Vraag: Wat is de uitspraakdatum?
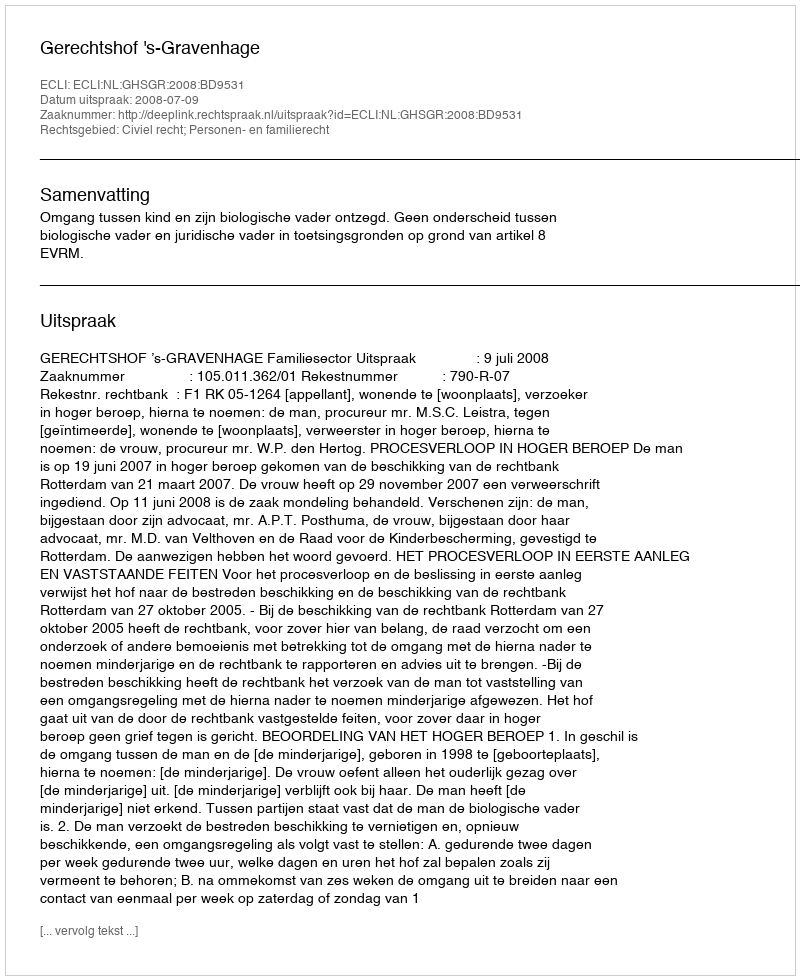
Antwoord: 2008-07-09